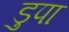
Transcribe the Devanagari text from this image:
डुपा